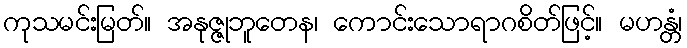
ကုသမင်းမြတ်။ အနုဇ္ဇုဘူတေန၊ ကောင်းသောရာဂစိတ်ဖြင့်။ မဟန္တံ၊